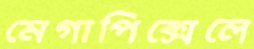
মেগাপিক্সেলে